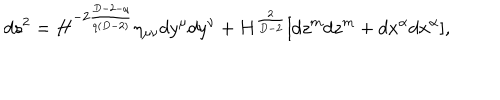
LaTeX: d s ^ { 2 } = H ^ { - 2 \frac { D - 2 - q } { q ( D - 2 ) } } \eta _ { \mu \nu } d y ^ { \mu } d y ^ { \nu } + H ^ { \frac { 2 } { D - 2 } } [ d z ^ { m } d z ^ { m } + d x ^ { \alpha } d x ^ { \alpha } ] ,